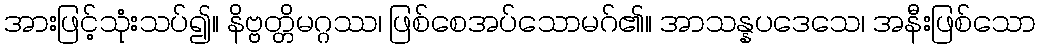
အားဖြင့်သုံးသပ်၍။ နိဗ္ဗတ္တိမဂ္ဂဿ၊ ဖြစ်စေအပ်သောမဂ်၏။ အာသန္နပဒေသေ၊ အနီးဖြစ်သော